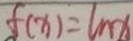
f ( x ) = \ln x